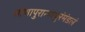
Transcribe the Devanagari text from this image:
शोणापुरान्माथुरंमंडलं